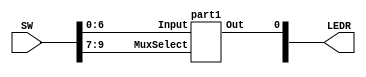
module mux(LEDR, SW);
    input [9:0] SW;
    output [9:0] LEDR;

    part1 u0(
        .MuxSelect(SW[9:7]),
        .Input(SW[6:0]),
        .Out(LEDR[0])
        );
endmodule


module part1(MuxSelect, Input, Out);
    input [2:0] MuxSelect;
    input [6:0] Input;
    output reg Out; // Declare the output signal for the always block
		
    always@(*) // Declare always block
    begin
        case(MuxSelect) // Start case statement
           3'b000:Out = Input[0]; // case 0
           3'b001:Out = Input[1]; // case 1
           3'b010:Out = Input[2]; // case 2
           3'b011:Out = Input[3]; // case 3
           3'b100:Out = Input[4]; // case 4
           3'b101:Out = Input[5]; // case 5
           3'b110:Out = Input[6]; // case 6
           default: Out = 1'b0 ; // 1 bit 0
        endcase
    end
endmodule